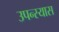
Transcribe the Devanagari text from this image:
उपन्स्यास